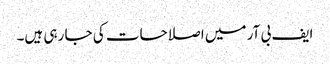
ایف بی آر میں اصلاحات کی جا رہی ہیں۔